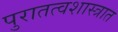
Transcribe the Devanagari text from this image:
पुरातत्वशास्त्रात